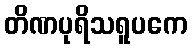
တိဏပုရိသရူပကေ